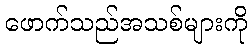
ဖောက်သည်အသစ်များကို